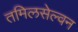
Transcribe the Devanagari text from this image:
तमिलसेल्वन